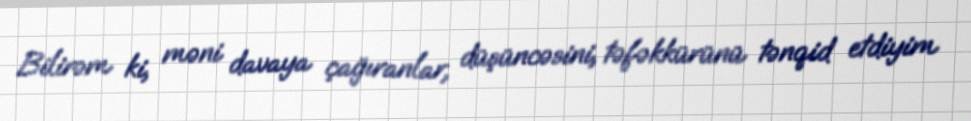
Bilirəm ki, məni davaya çağıranlar, düşüncəsini, təfəkkürünü tənqid etdiyim